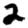
Digit: 2